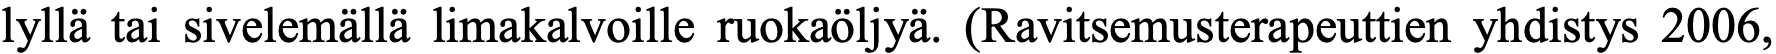
lyllä tai sivelemällä limakalvoille ruokaöljyä. (Ravitsemusterapeuttien yhdistys 2006,